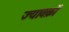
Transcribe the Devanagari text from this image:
ज्यावक्रों